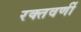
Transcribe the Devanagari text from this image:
रक्तवर्णी